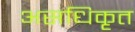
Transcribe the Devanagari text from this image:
असधिकृत